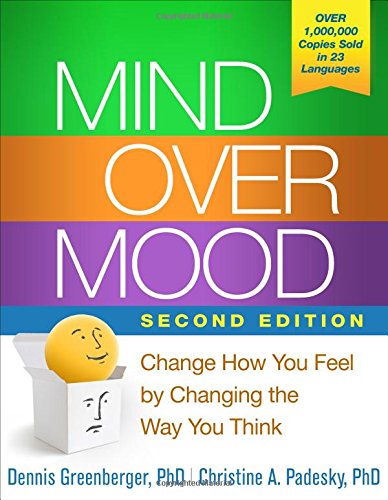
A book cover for Mind Over Mood, Second Edition: Change How You Feel by Changing the Way You Think; Dennis Greenberger PhD; Science & Math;